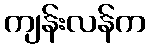
ကျန်းလန်က